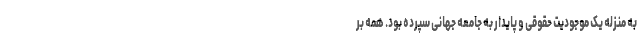
به منزله یک موجودیت حقوقی و پایدار به جامعه جهانی سپرده بود. همه بر